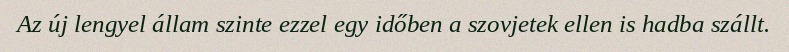
Az új lengyel állam szinte ezzel egy időben a szovjetek ellen is hadba szállt.